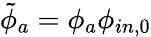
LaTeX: \tilde{\phi}_{a}=\phi_{a}\phi_{in,0}